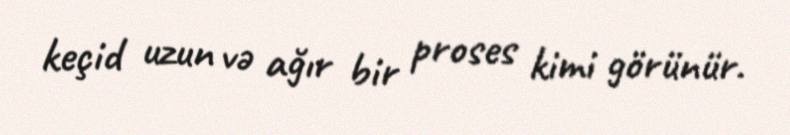
keçid uzun və ağır bir proses kimi görünür.